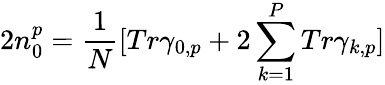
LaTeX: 2n_{0}^{p}=\frac{1}N[Tr\gamma_{0,p}+2\sum_{k=1}^{P}Tr\gamma_{k,p}]